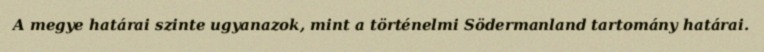
A megye határai szinte ugyanazok, mint a történelmi Södermanland tartomány határai.